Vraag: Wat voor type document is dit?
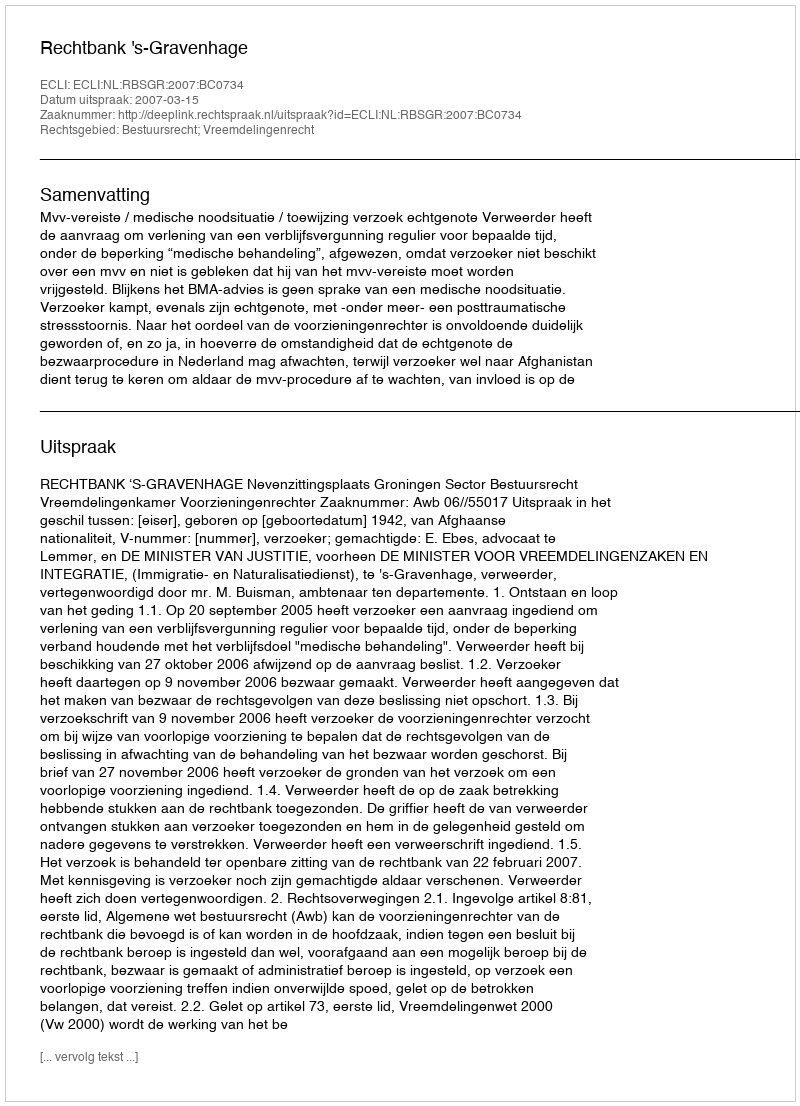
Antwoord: Uitspraak